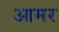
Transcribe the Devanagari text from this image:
आमर